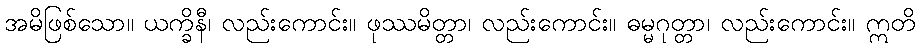
အမိဖြစ်သော။ ယက္ခိနီ၊ လည်းကောင်း။ ဖုဿမိတ္တာ၊ လည်းကောင်း။ ဓမ္မဂုတ္တာ၊ လည်းကောင်း။ ဣတိ